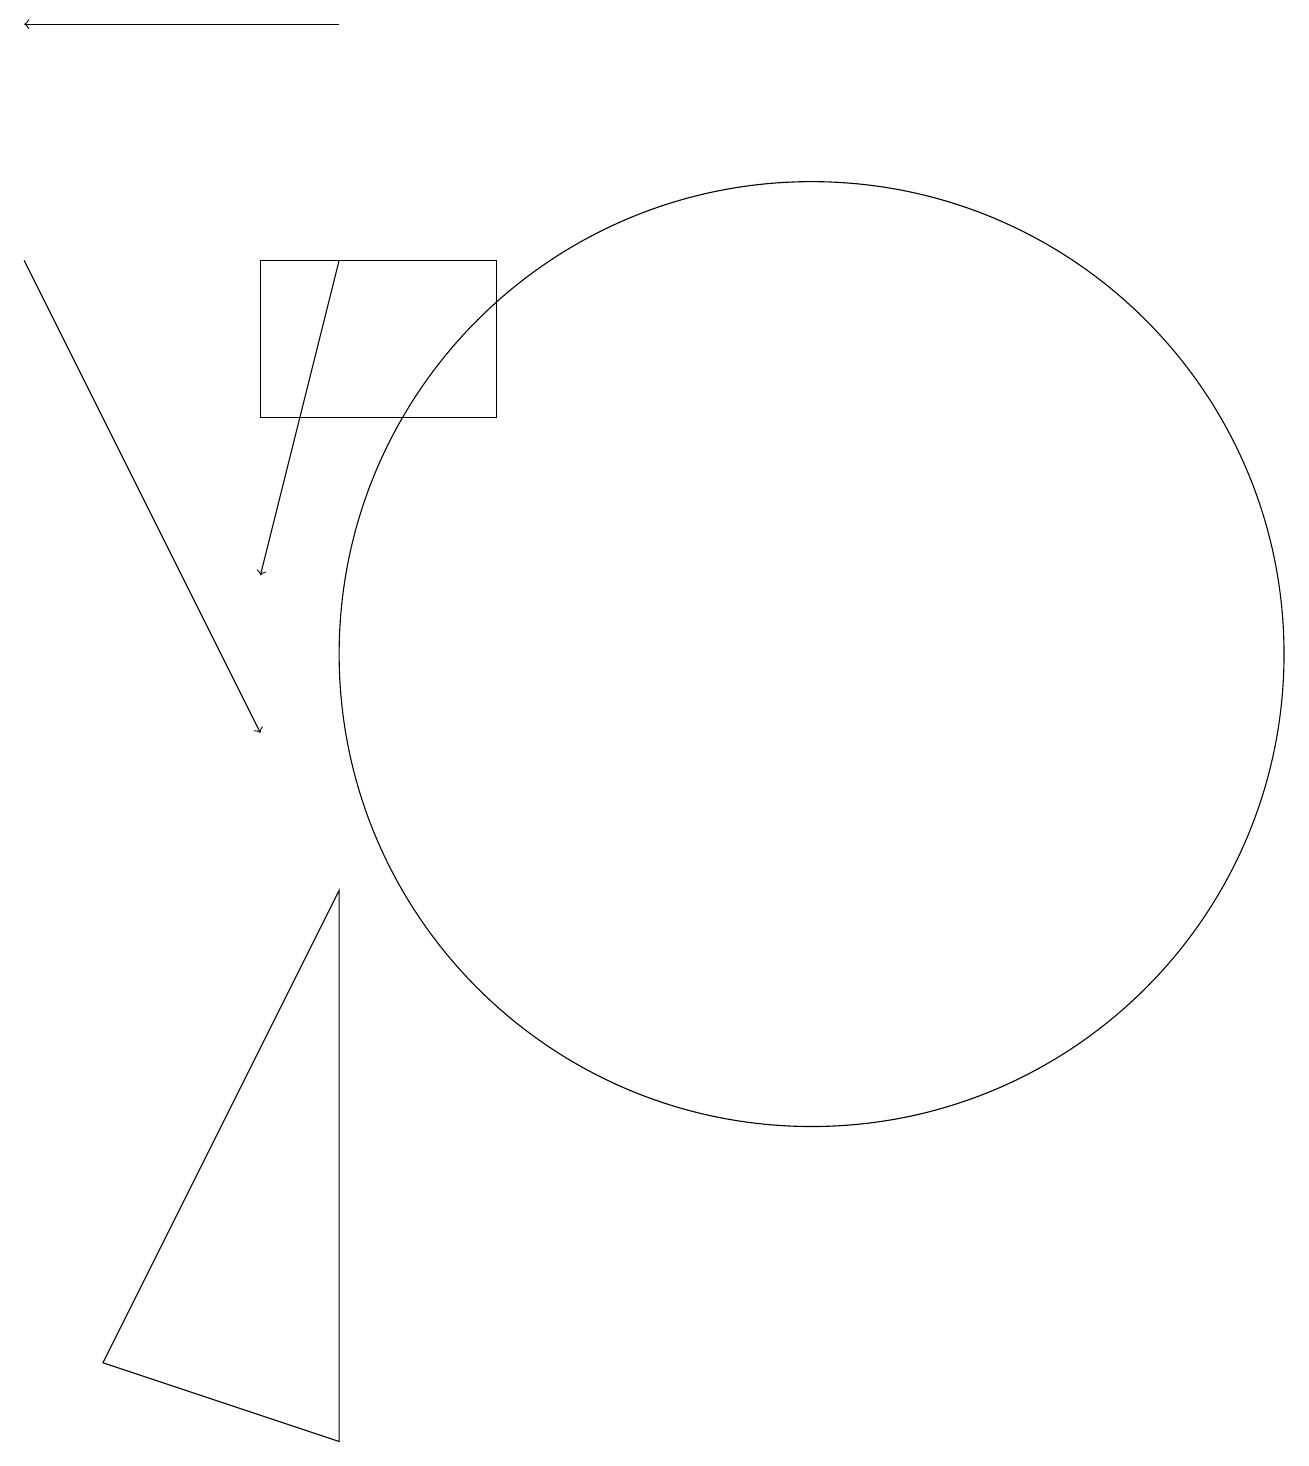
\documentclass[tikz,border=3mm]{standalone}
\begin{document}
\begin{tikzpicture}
\draw[->] (4,16) -- (3,12);
\draw (10,11) circle (6);
\draw[->] (4,19) -- (0,19);
\draw[->] (0,16) -- (3,10);
\draw (4,1) -- (1,2) -- (4,8) -- cycle;
\draw (6,14) rectangle (3,16);
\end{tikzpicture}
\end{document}